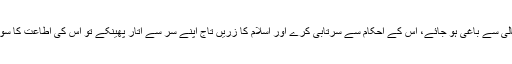
اور اگر وہ اللہ تعالی سے باغی ہو جائے، اس کے احکام سے سرتابی کرے اور اسلام کا زریں تاج اپنے سر سے اتار پھینکے تو اس کی اطاعت کا سوال باقی نہیں رہتا۔